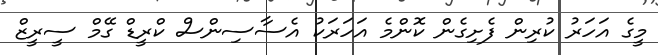
މީގެ އަހަރު ކުރިން ފެށިގެން ކޮންމެ އަހަރަކު އެސާސިންސް ކްރީޑް ގޭމް ސީރީޒް